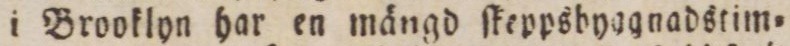
i Brooklyn har en mängd ſkeppsbyggnadstim=